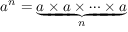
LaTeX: a ^ { n } = \underbrace { a \times a \times \cdots \times a } _ { n }